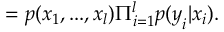
= p ( \boldsymbol { x } _ { 1 } , . . . , \boldsymbol { x } _ { l } ) \Pi _ { i = 1 } ^ { l } p ( \boldsymbol { y } _ { i } | \boldsymbol { x } _ { i } ) .